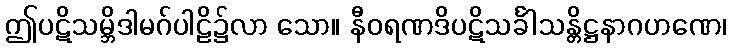
ဤပဋိသမ္ဘိဒါမဂ်ပါဠိ၌လာ သော။ နီဝရဏဒိပဋိသင်္ခါသန္တိဋ္ဌနာဂဟဏေ၊